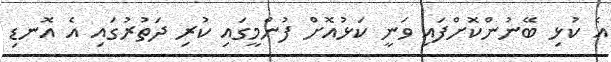
އެ ކުޅި ބޭނުންކޮށްފައި ވަނީ ކަޅުއޮށް ފުންމީގައި ކުރި ދަތުރުގައި އެ އޮނޑި